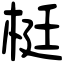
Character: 梃